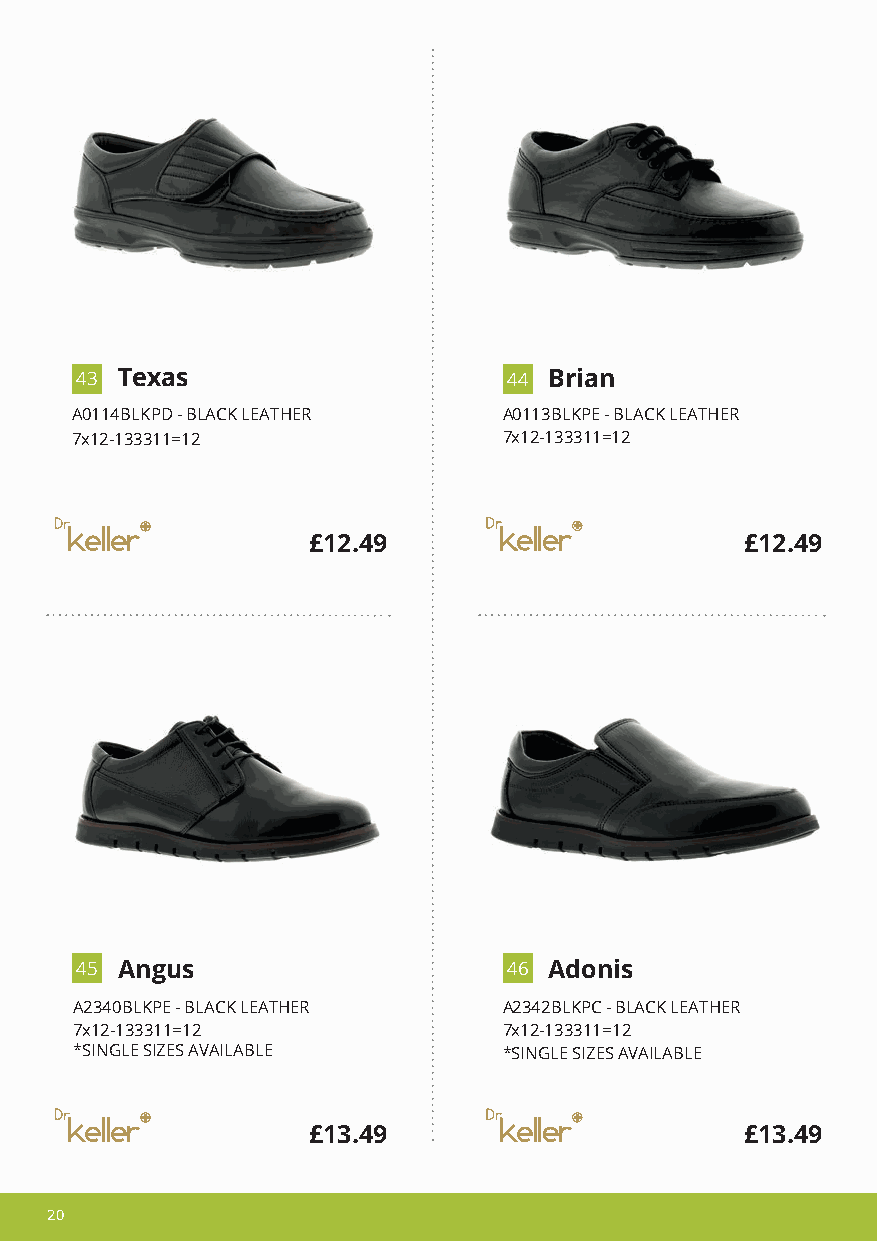
4 3 Texas                    4 4 Brian
 A0114BLKPD - BLACK LEATHER  A0113BLKPE - BLACK LEATHER
 7x12-133311=12              7x12-133311=12
 £12.49                       £12.49
 4 5 Angus                    4 6 Adonis
 A2340BLKPE - BLACK LEATHER  A2342BLKPC - BLACK LEATHER
 7x12-133311=12              7x12-133311=12
 *SINGLE SIZES AVAILABLE     *SINGLE SIZES AVAILABLE
 £13.49                       £13.49
 20